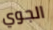
الجوي